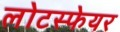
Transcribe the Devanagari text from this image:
लोटस्फेयर